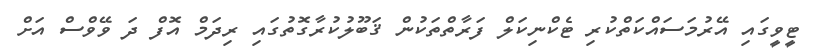
ޓީވީގައި އޭރުމަސައްކަތްކުރި ޓެކްނިކަލް ފަރާތްތަކުން ޤަބޫލުކުރާގޮތުގައި ރިދަމް އޮފް ދަ ވޭވްސް އަށް